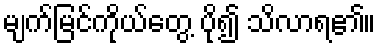
မျက်မြင်ကိုယ်တွေ့ ပို၍ သိလာရ၏။